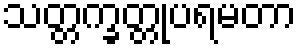
သတ္တက္ခတ္တုပရမတာ